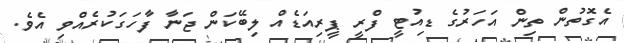
އެގޮތުން ތިން އަހަރުގެ ޑިއުޓީ ފްރީ ޕީރިއަޑެއް ލިބޭކަން ޖަނާ ފާހަގަކުރެއްވި އެވެ.